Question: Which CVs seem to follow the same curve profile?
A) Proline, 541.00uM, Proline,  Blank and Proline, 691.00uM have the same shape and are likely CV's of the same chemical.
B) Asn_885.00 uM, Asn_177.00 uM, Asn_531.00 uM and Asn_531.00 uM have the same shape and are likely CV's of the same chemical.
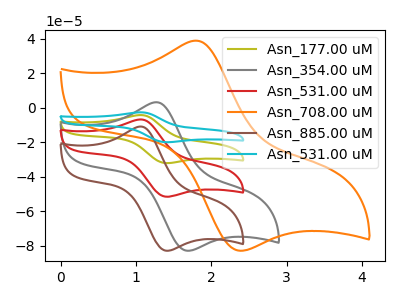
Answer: <think>The olive curve "Asn_177.00 uM" has an anodic peak at (1.05V, -13.55uA) and a cathodic peak at (1.40V, -103.25uA). The gray curve "Asn_354.00 uM" has an anodic peak at (1.30V, 3.25uA) and a cathodic peak at (1.70V, -83.00uA). The red curve "Asn_531.00 uM" has an anodic peak at (1.05V, -6.75uA) and a cathodic peak at (1.40V, -51.65uA). The orange curve "Asn_708.00 uM" has an anodic peak at (1.80V, 38.95uA) and a cathodic peak at (2.40V, -83.00uA). The brown curve "Asn_885.00 uM" has an anodic peak at (1.05V, -10.90uA) and a cathodic peak at (1.40V, -83.00uA). The cyan curve "Asn_531.00 uM" has an anodic peak at (1.05V, -20.30uA) and a cathodic peak at (1.40V, -154.90uA).
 "Asn_177.00 uM" and "Asn_354.00 uM" have at least one peak that do not match. All the peaks in "Asn_177.00 uM" have a peak in "Asn_531.00 uM" at the same potential. "Asn_177.00 uM" and "Asn_708.00 uM" have at least one peak that do not match. All the peaks in "Asn_177.00 uM" have a peak in "Asn_885.00 uM" at the same potential. All the peaks in "Asn_177.00 uM" have a peak in "Asn_531.00 uM" at the same potential. "Asn_354.00 uM" and "Asn_531.00 uM" have at least one peak that do not match. "Asn_354.00 uM" and "Asn_708.00 uM" have at least one peak that do not match. "Asn_354.00 uM" and "Asn_885.00 uM" have at least one peak that do not match. "Asn_354.00 uM" and "Asn_531.00 uM" have at least one peak that do not match. "Asn_531.00 uM" and "Asn_708.00 uM" have at least one peak that do not match. All the peaks in "Asn_531.00 uM" have a peak in "Asn_885.00 uM" at the same potential. All the peaks in "Asn_531.00 uM" have a peak in "Asn_531.00 uM" at the same potential. "Asn_708.00 uM" and "Asn_885.00 uM" have at least one peak that do not match. "Asn_708.00 uM" and "Asn_531.00 uM" have at least one peak that do not match. All the peaks in "Asn_885.00 uM" have a peak in "Asn_531.00 uM" at the same potential.</think>
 <answer>B) "Asn_885.00 uM", "Asn_177.00 uM", "Asn_531.00 uM" and "Asn_531.00 uM" have the same shape and are likely CV's of the same chemical.</answer>
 <eval>B</eval>